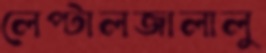
লেপ্‌টালজালালু